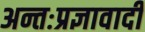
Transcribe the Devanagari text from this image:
अन्तःप्रज्ञावादी